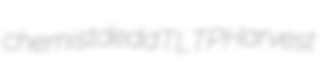
chemist dedd TLTP Harvest